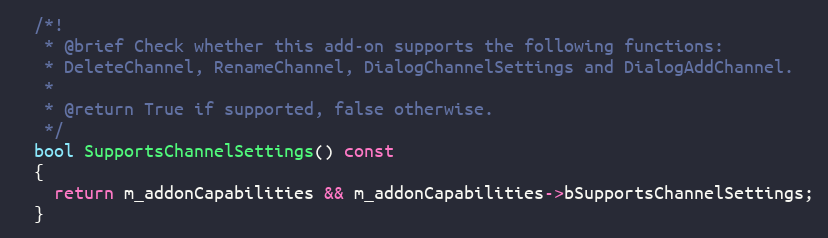
Language: C
  /*!
   * @brief Check whether this add-on supports the following functions:
   * DeleteChannel, RenameChannel, DialogChannelSettings and DialogAddChannel.
   *
   * @return True if supported, false otherwise.
   */
  bool SupportsChannelSettings() const
  {
    return m_addonCapabilities && m_addonCapabilities->bSupportsChannelSettings;
  }